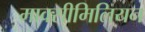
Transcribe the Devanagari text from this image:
माक्सीमिलियन